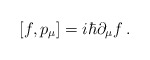
\begin{align*}\left[ f, p_{\mu} \right]=i\hbar \partial_{\mu} f\,.\end{align*}